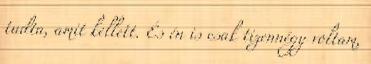
tudta, amit kellett. És én is csak tizennégy voltam,